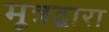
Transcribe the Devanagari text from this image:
मूत्रद्वारा